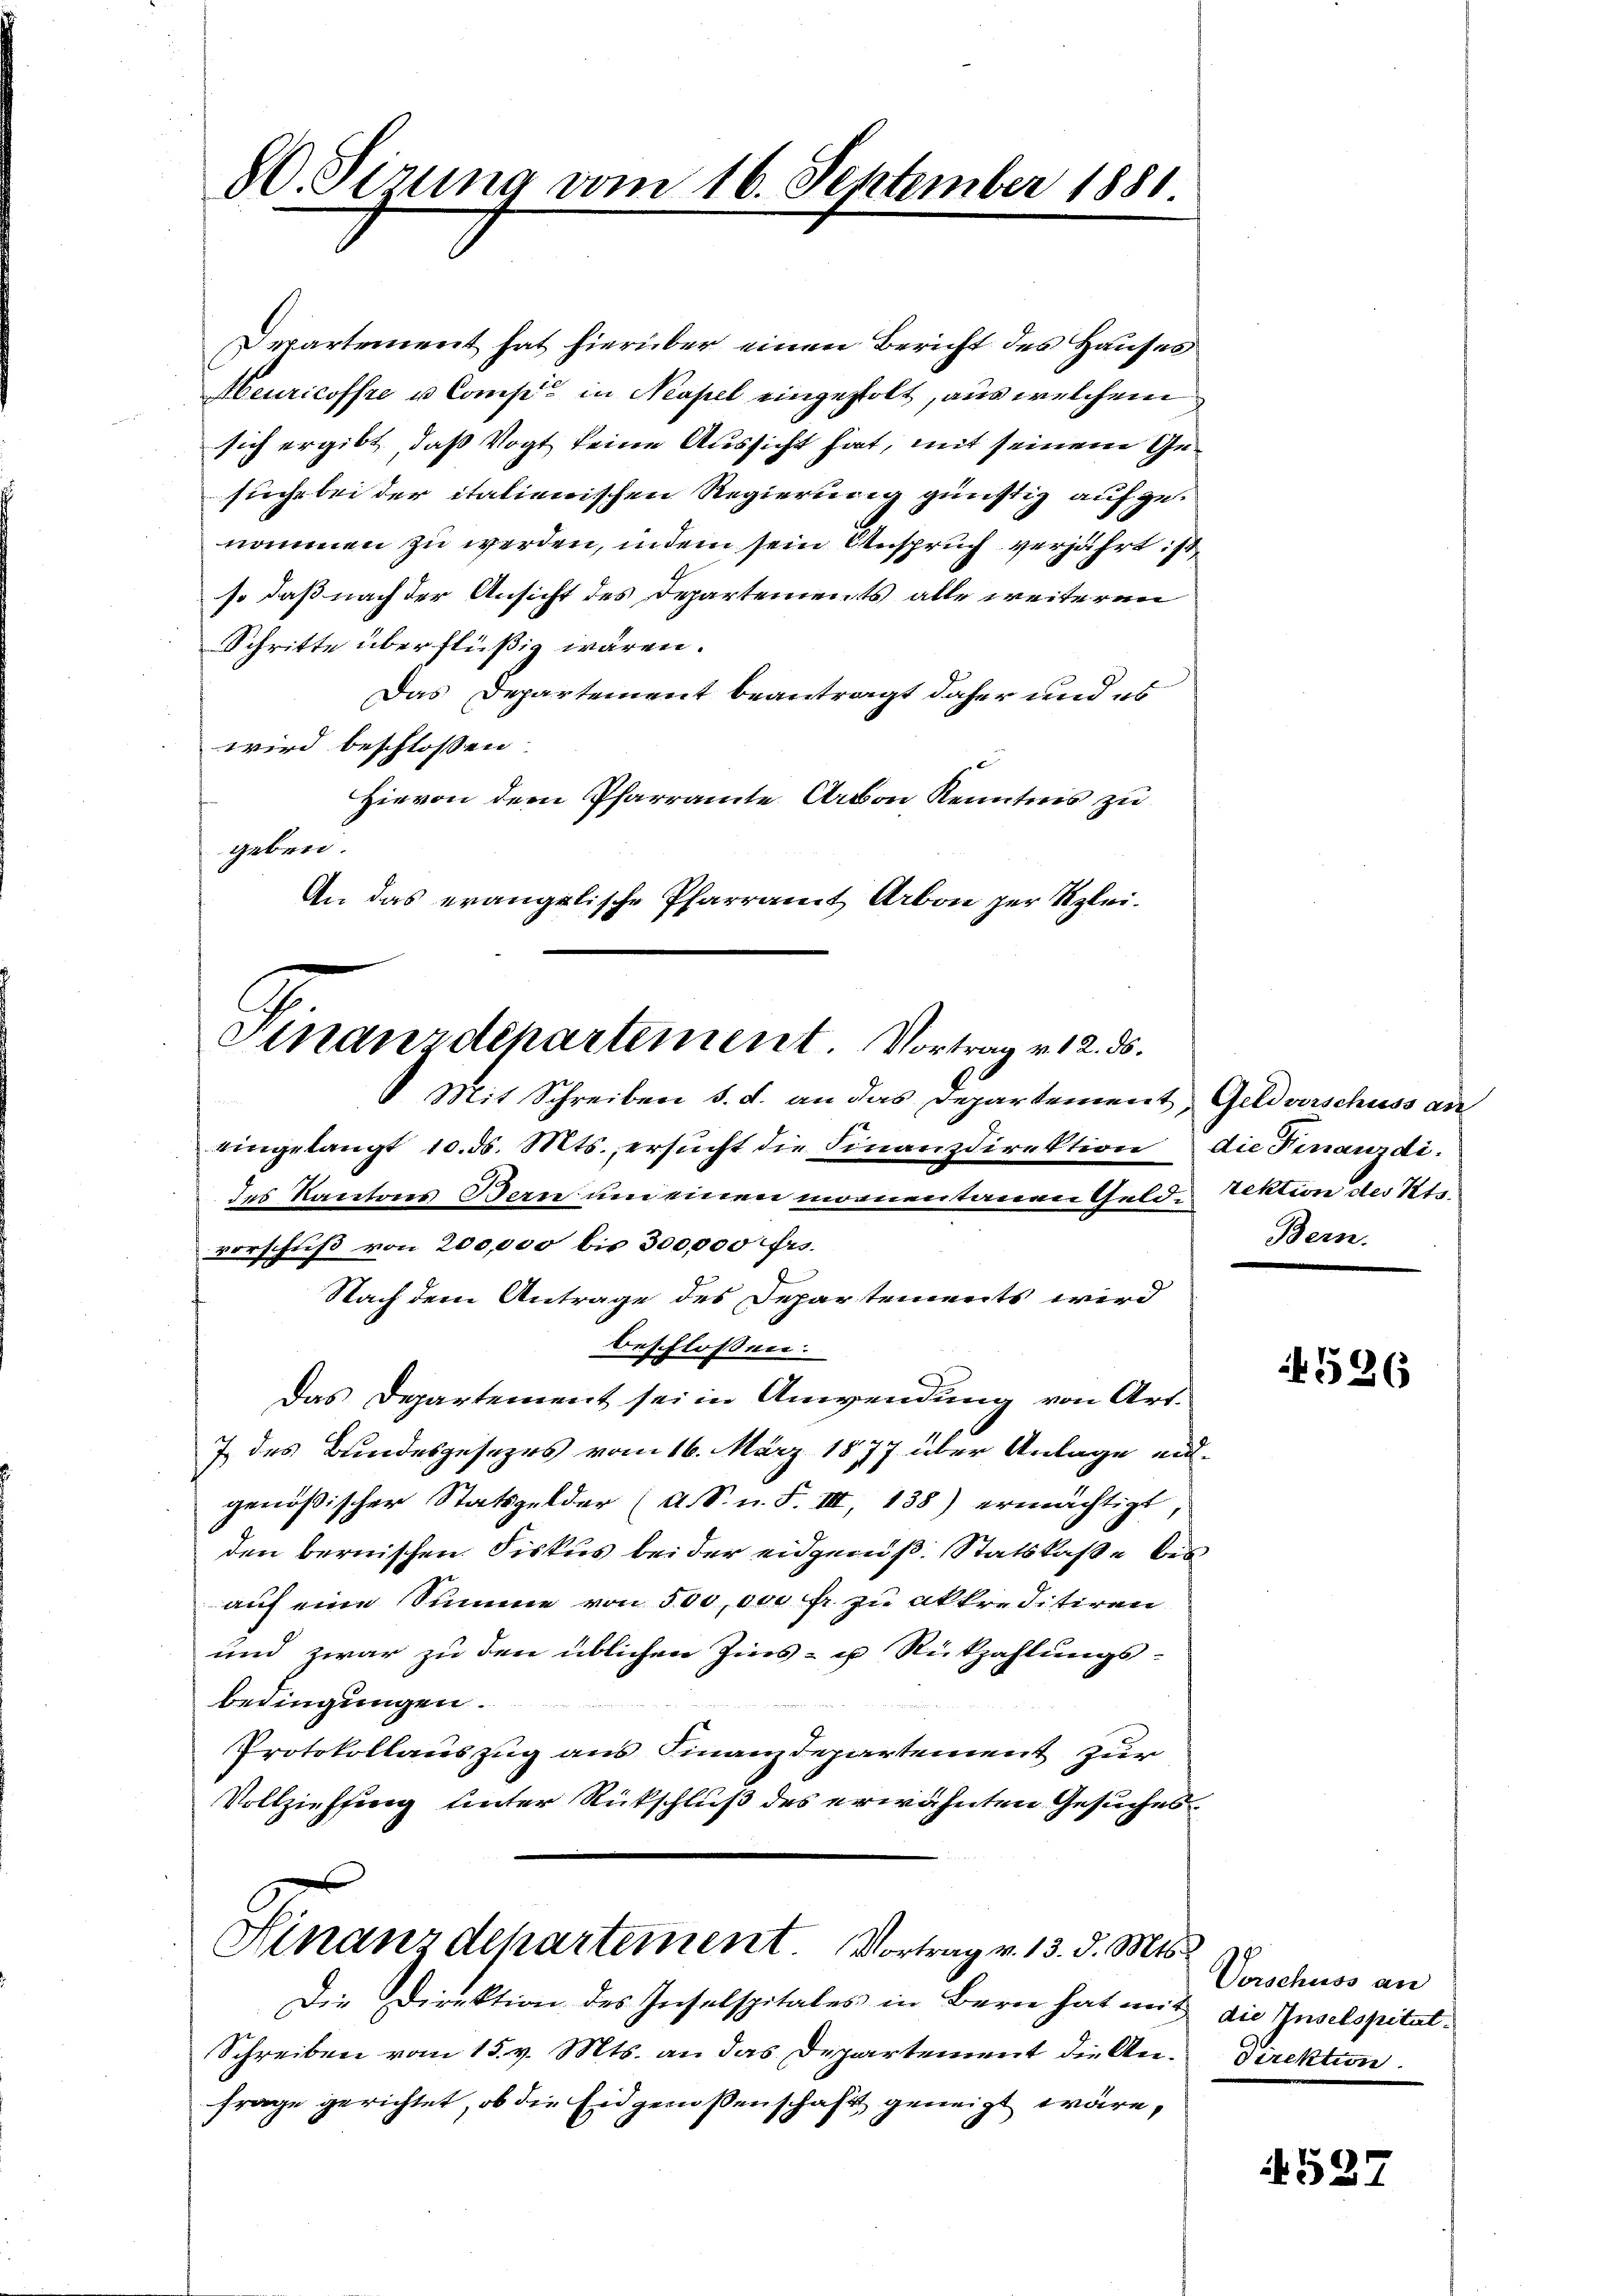
80. Sirung vom 16. September 1881.

Departement hat hierüber einen Bericht des Hauses
Meuricoffre u. Comp. in Neapel eingestolt, aus welchem
sich ergibt, daß Vogt keine Aussicht hat, mit seinem Gesuche bei der italienischen Regierung günstig aufgenommen zu werden, indem sein Anspruch verjährt ist
so daß nach der Ansicht des Departements alle weiteren
Schritte überflüßig wären.
Das Departement beantragt daher und es
wird beschlossen
Hievon dem Pfarramte Arbon Kenntnis zu
geben.
An das evangelische Pfarramt Arbon zur Klei¬
Mit Schreiben d. d. an das Departement, Geldverschuss an
eingelangt 10. ds. Mts. ersŭcht die Finanzdirektion die Finanzdides Kantons Bern um einen monentanen Gelde Sektion des Ste
vorschuß von 200,000 bis 300,000 frs.
Nach dem Antrage des Departements wird
beschlossen:
Das Departement sei in Anwendung von Art.
7 des Bundesgesezes vom 16. März 1877 über Anlage eigenößischer Statsgelder (A. S. n. F. III, 138) ermächtigt
den bernischen Fiskus bei der eidgenöß. Statskaße bes
auf eine Summe von 500,000 fr zu akkreditiren
und zwar zu den üblichen Zins- u Rückzahlungs-
bedingungen.
Protokollauszug aus Finanzdepartement zur
Vollziehung unter Rückschluß des erwähnten Gesuches

Finanzdepartement. Vortrag v. 12. ds.

Hinanzdepartement. Vortrag v. 13. d. Mts.
Die Direktion des Inselspitales in Bern hat mit die Inselspital¬

Schreiben vom 15. v. Mts. an das Departement die An- Direktion
frage gerichtet, ob die Eidgenossenschaft geneigt wäre,

Bern.

4536

Vorschuss an

4527